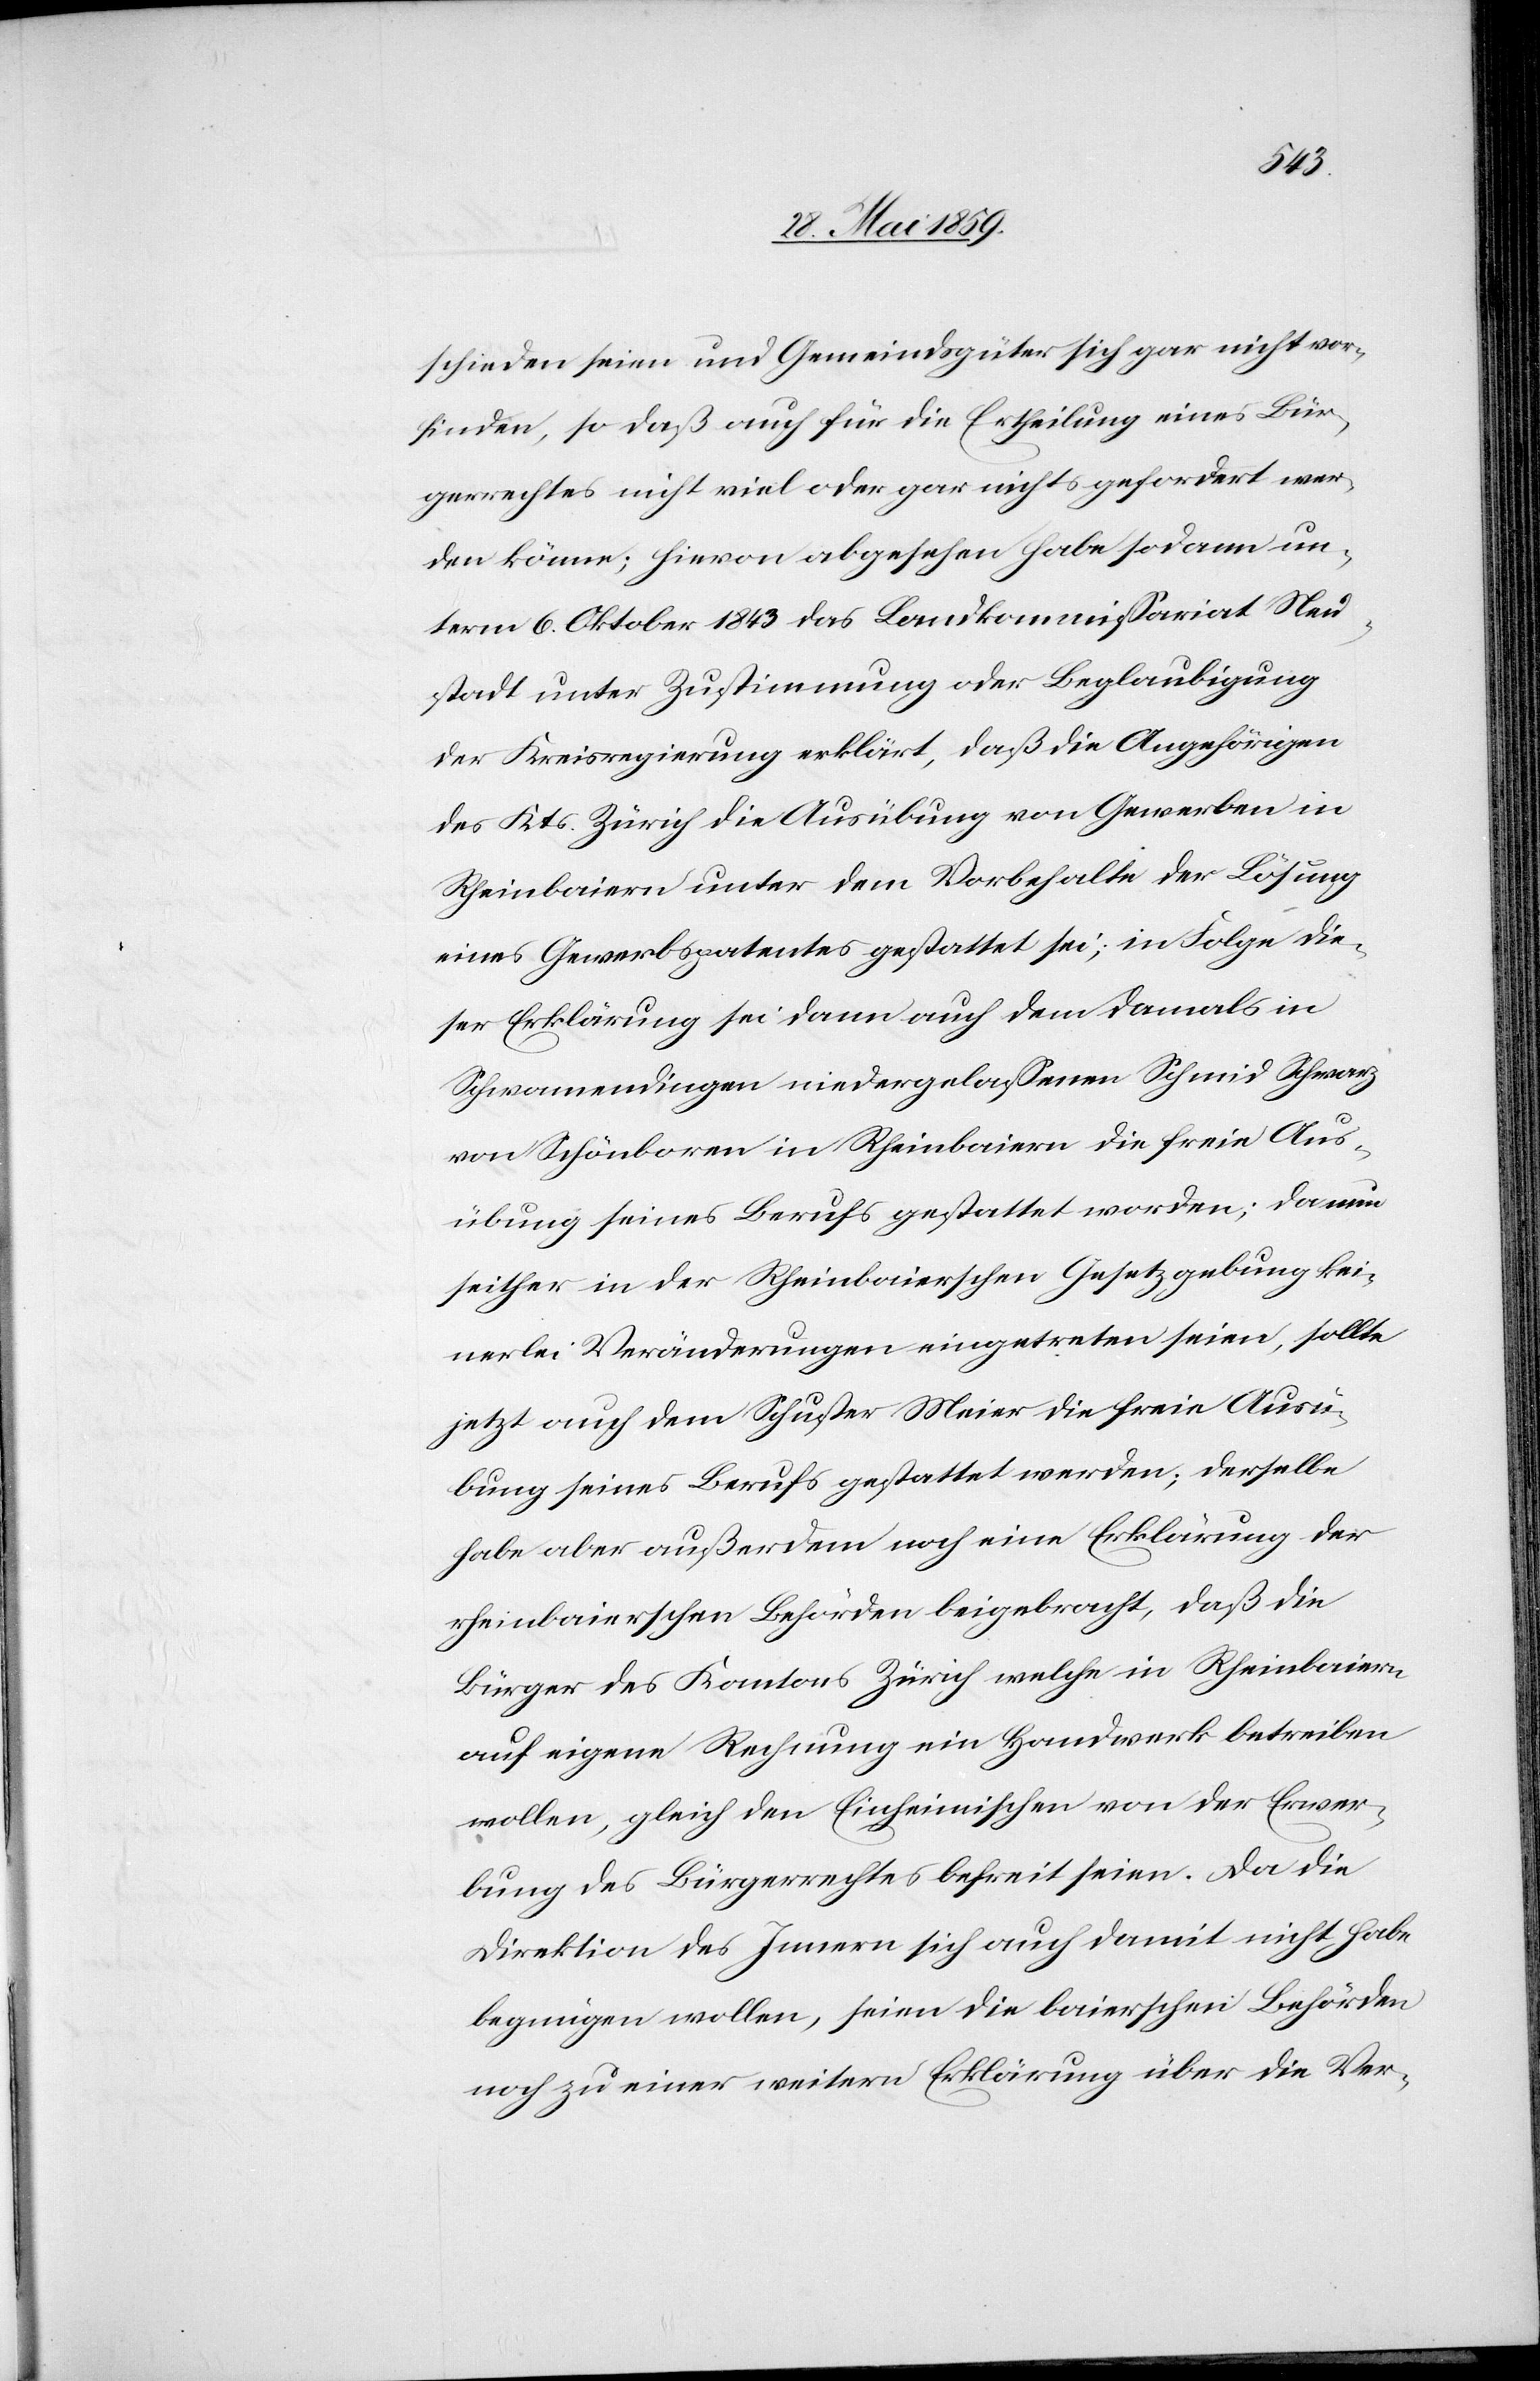
schieden seien und Gemeindsgüter sich gar nicht vor¬
finden, so daß auch für die Ertheilung eines Bür¬
gerrechtes nicht viel oder gar nichts gefordert wer¬
den könne; hiervon abgesehen habe sodann un¬
term 6. Oktober 1843 das Landkommissariat Neu¬
stadt unter Zustimmung oder Beglaubigung
der Kreisregierung erklärt, daß die Angehörigen
des Kts. Zürich die Ausübung von Gewerben in
Rheinbaiern unter dem Vorbehalte der Lösung
eines Gewerbspatentes gestattet sei; in Folge die¬
ser Erklärung sei dann auch dem damals in
Schwamendingen niedergelassenen Schmid Schwarz
von Schönboren in Rheinbaiern die freie Aus¬
übung seines Berufs gestattet worden; da nun
seither in der Rheinbaierschen Gesetzgebung kei¬
nerlei Veränderungen eingetreten seien, sollte
jetzt auch dem Schuster Meier die freie Ausü¬
bung seines Berufs gestattet werden; derselbe
habe aber außerdem noch eine Erklärung der
rheinbaierschen Behörden beigebracht, daß die
Bürger des Kantons Zürich welche in Rheinbaiern
auf eigene Rechnung ein Handwerk betreiben
wollen, gleich den Einheimischen von der Erwer¬
bung des Bürgerrechtes befreit seien. Da die
Direktion des Innern sich auch damit nicht habe
begnügen wollen, seien die baierschen Behörden
noch zu einer weitern Erklärung über die Ver-